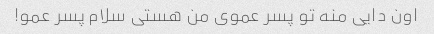
اون دایی منه تو پسر عموی من هستی سلام پسر عمو!